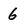
Character: 6